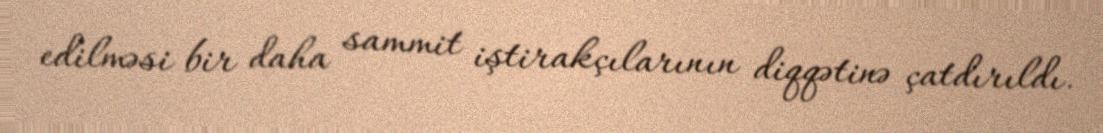
edilməsi bir daha sammit iştirakçılarının diqqətinə çatdırıldı.